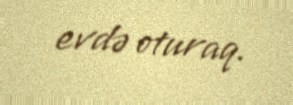
evdə oturaq.